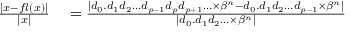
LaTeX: \begin{array} { r l } { { \frac { | x - f l ( x ) | } { | x | } } } & { { } = { \frac { | d _ { 0 } . d _ { 1 } d _ { 2 } \ldots d _ { p - 1 } d _ { p } d _ { p + 1 } \ldots \times \beta ^ { n } - d _ { 0 } . d _ { 1 } d _ { 2 } \ldots d _ { p - 1 } \times \beta ^ { n } | } { | d _ { 0 } . d _ { 1 } d _ { 2 } \ldots \times \beta ^ { n } | } } } \end{array}